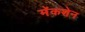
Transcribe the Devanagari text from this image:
मॅकशेन